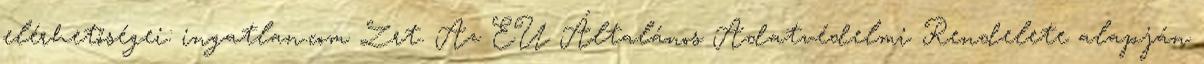
elérhetőségei: ingatlan.com Zrt. Az EU Általános Adatvédelmi Rendelete alapján